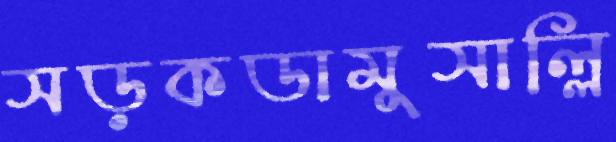
সড়কডামুসাল্লি